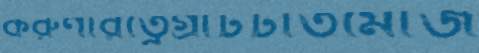
করুণারত্নেগ্রাটটাতমোজ